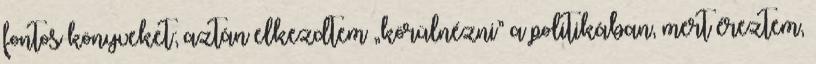
fon­tos könyveket; aztán elkezdtem „körülnézni” a politikában, mert é­reztem,